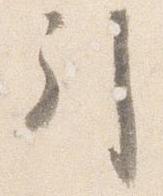
引